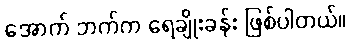
အောက် ဘက်က ရေချိုးခန်း ဖြစ်ပါတယ်။